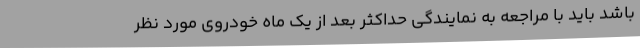
باشد باید با مراجعه به نمایندگی حداکثر بعد از یک ماه خودروی مورد نظر